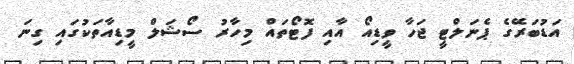
އަޑުބަރޭގެ ޕެނަލްޓީ ޖަހާ ވީޑިއޯ އާއި ފޮޓޯތައް މިހާރު ސޯޝަލް މީޑިއާތަކުގައި ގިނަ